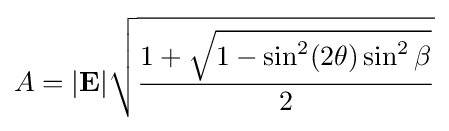
A=|\mathbf {E} |{\sqrt {\frac {1+{\sqrt {1-\sin ^{2}(2\theta )\sin ^{2}\beta }}}{2}}}